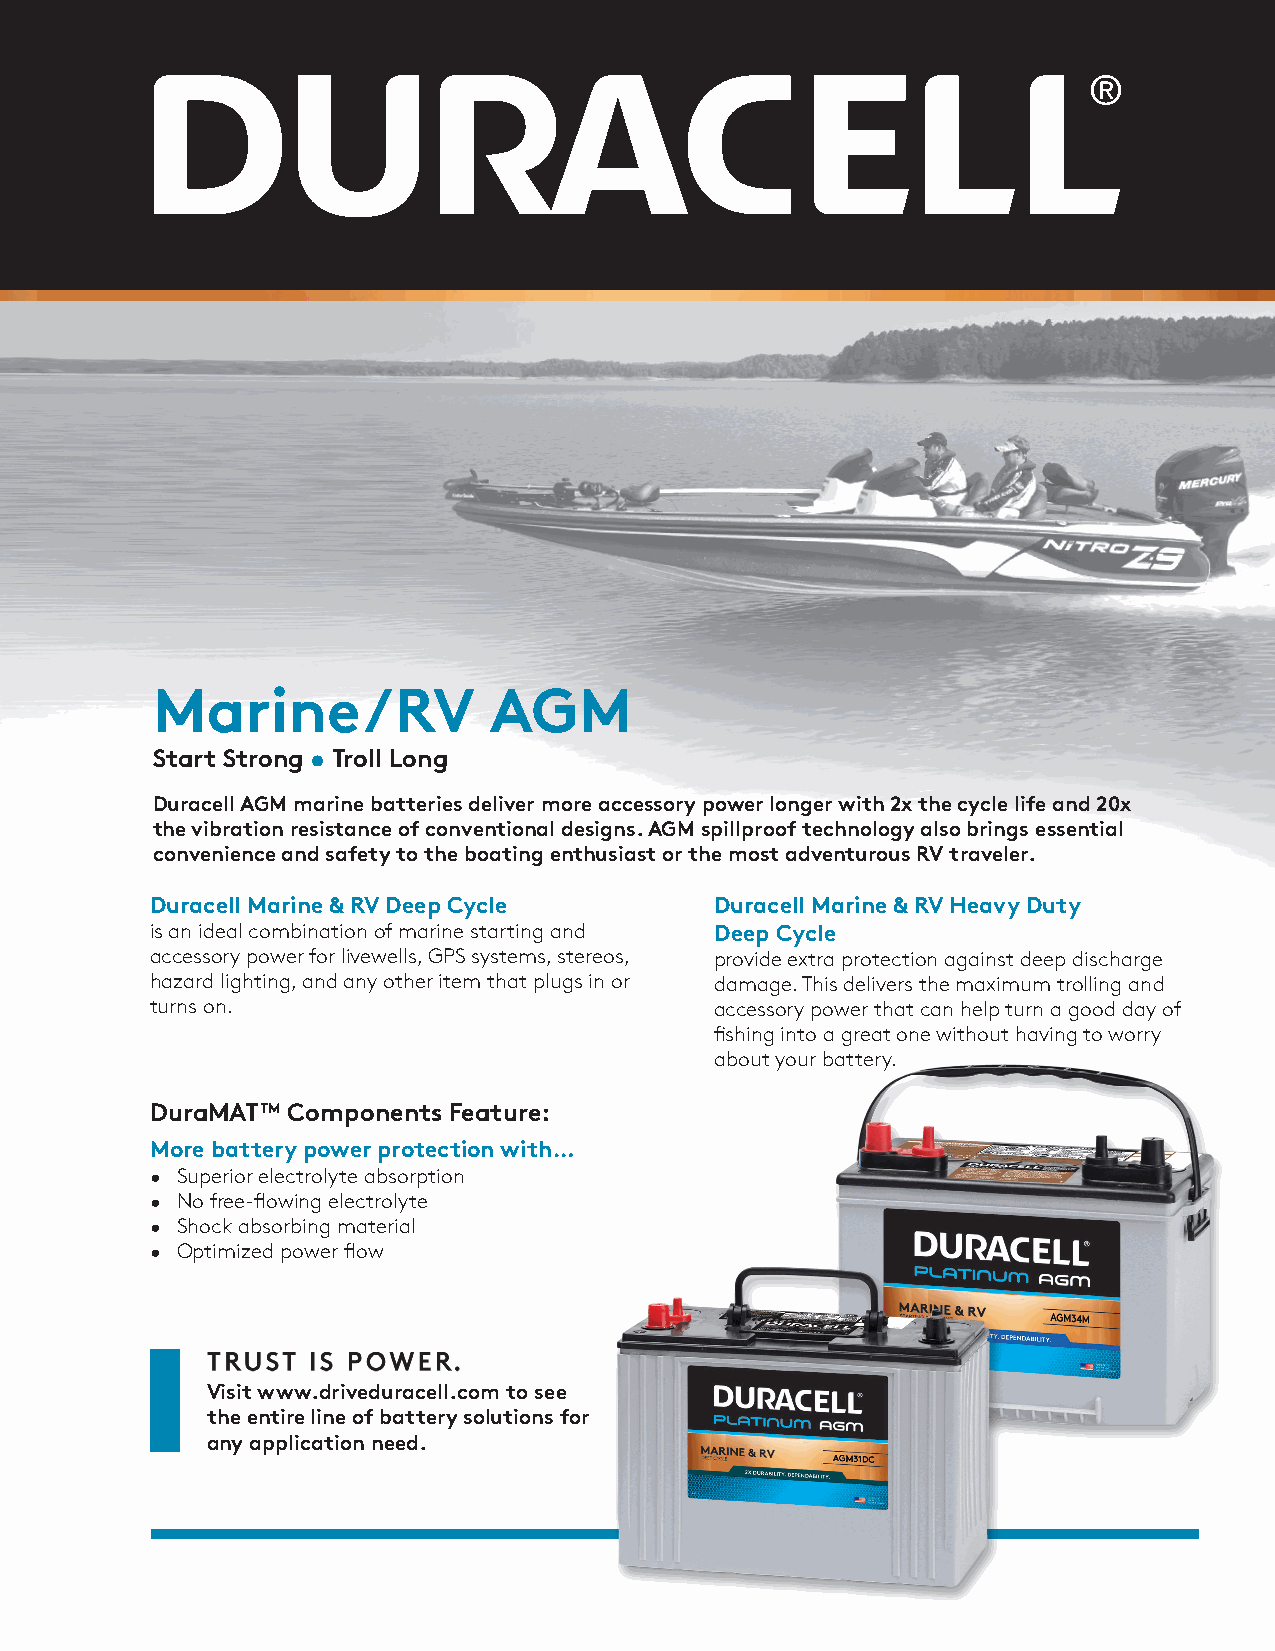
Marine/RV             AGM
 Start Strong • Troll Long
 Duracell AGM marine batteries deliver more accessory power longer with 2x the cycle life and 20x
 the vibration resistance of conventional designs. AGM spillproof technology also brings essential
 convenience and safety to the boating enthusiast or the most adventurous RV traveler.
 Duracell Marine & RV Deep Cycle      Duracell Marine & RV Heavy Duty
 is an ideal combination of marine starting and Deep Cycle
 accessory power for livewells, GPS systems, stereos, provide extra protection against deep discharge
 hazard lighting, and any other item that plugs in or damage. This delivers the maximum trolling and
 turns on.                            accessory power that can help turn a good day of
 fishing into a great one without having to worry
 about your battery.
 DuraMAT™ Components Feature:
 More battery power protection with…
 • Superior electrolyte absorption
 • No free-flowing electrolyte
 • Shock absorbing material
 • Optimized power flow
 Visit www.driveduracell.com to see
 the entire line of battery solutions for
 any application need.